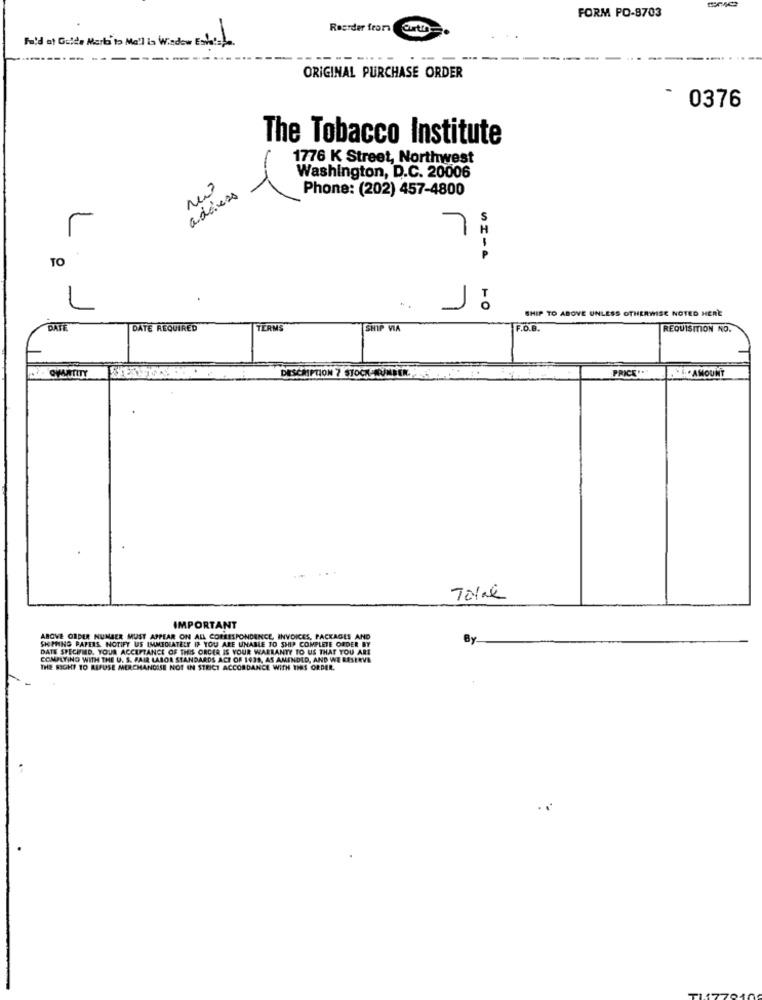
FORM PO-8703
Roerder from
Fold at Guide Mert to Me'l is Window Entas-La
--------
----...-
----
ORIGINAL PURCHASE ORDER
0376
The Tobacco Institute
1776 K Street, Northwest
Washington, D.C. 20006
address
Phone: (202) 457-4800
S
L
7
H
TO
P
SHIP TO ABOVE UNLESS OTHERWISE NOTED HERE
SATE
DATE REQUIRED
TERMS
SHIP VIA
F.O.B.
REQUISITION NO.
DESCRIPTION 7 STOCK-CUMBER.
PRICE'"
THEAMOUNT
Total
IMPORTANT
ABOVE ORDER NUMBER MUST APPEAR ON ALL CORRESPONDENCE, INVOICES, PACKAGES AND
SHIPPING PAPERS NOTIFY US IMMEDIATELY IF YOU ARE UNABLE TO SHIP COMPLETE ORDER BY
By
DATE SPECIFIED. YOUR ACCEPTANCE OF THIS ORDER IS YOUR WARRANTY TO US THAT YOU ARE
COMPUTING WITH THE U. S. PAIR LABOR STANDARDS ACT OF 1439, AS AMENDED, AND WE RESERVE
THE RIGHT TO REFUSE MERCHANDISE NOT IN STRICT ACCORDANCE WITH THIS ORDER.